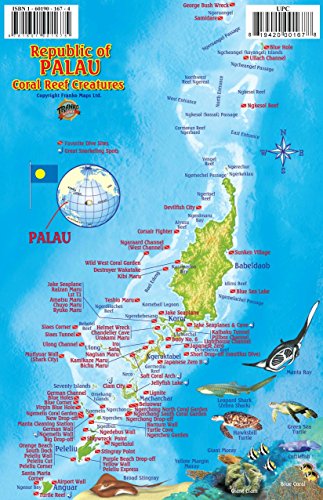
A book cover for Palau Dive Map & Reef Creatures Guide Franko Maps Laminated Fish Card; Franko Maps Ltd.; Travel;